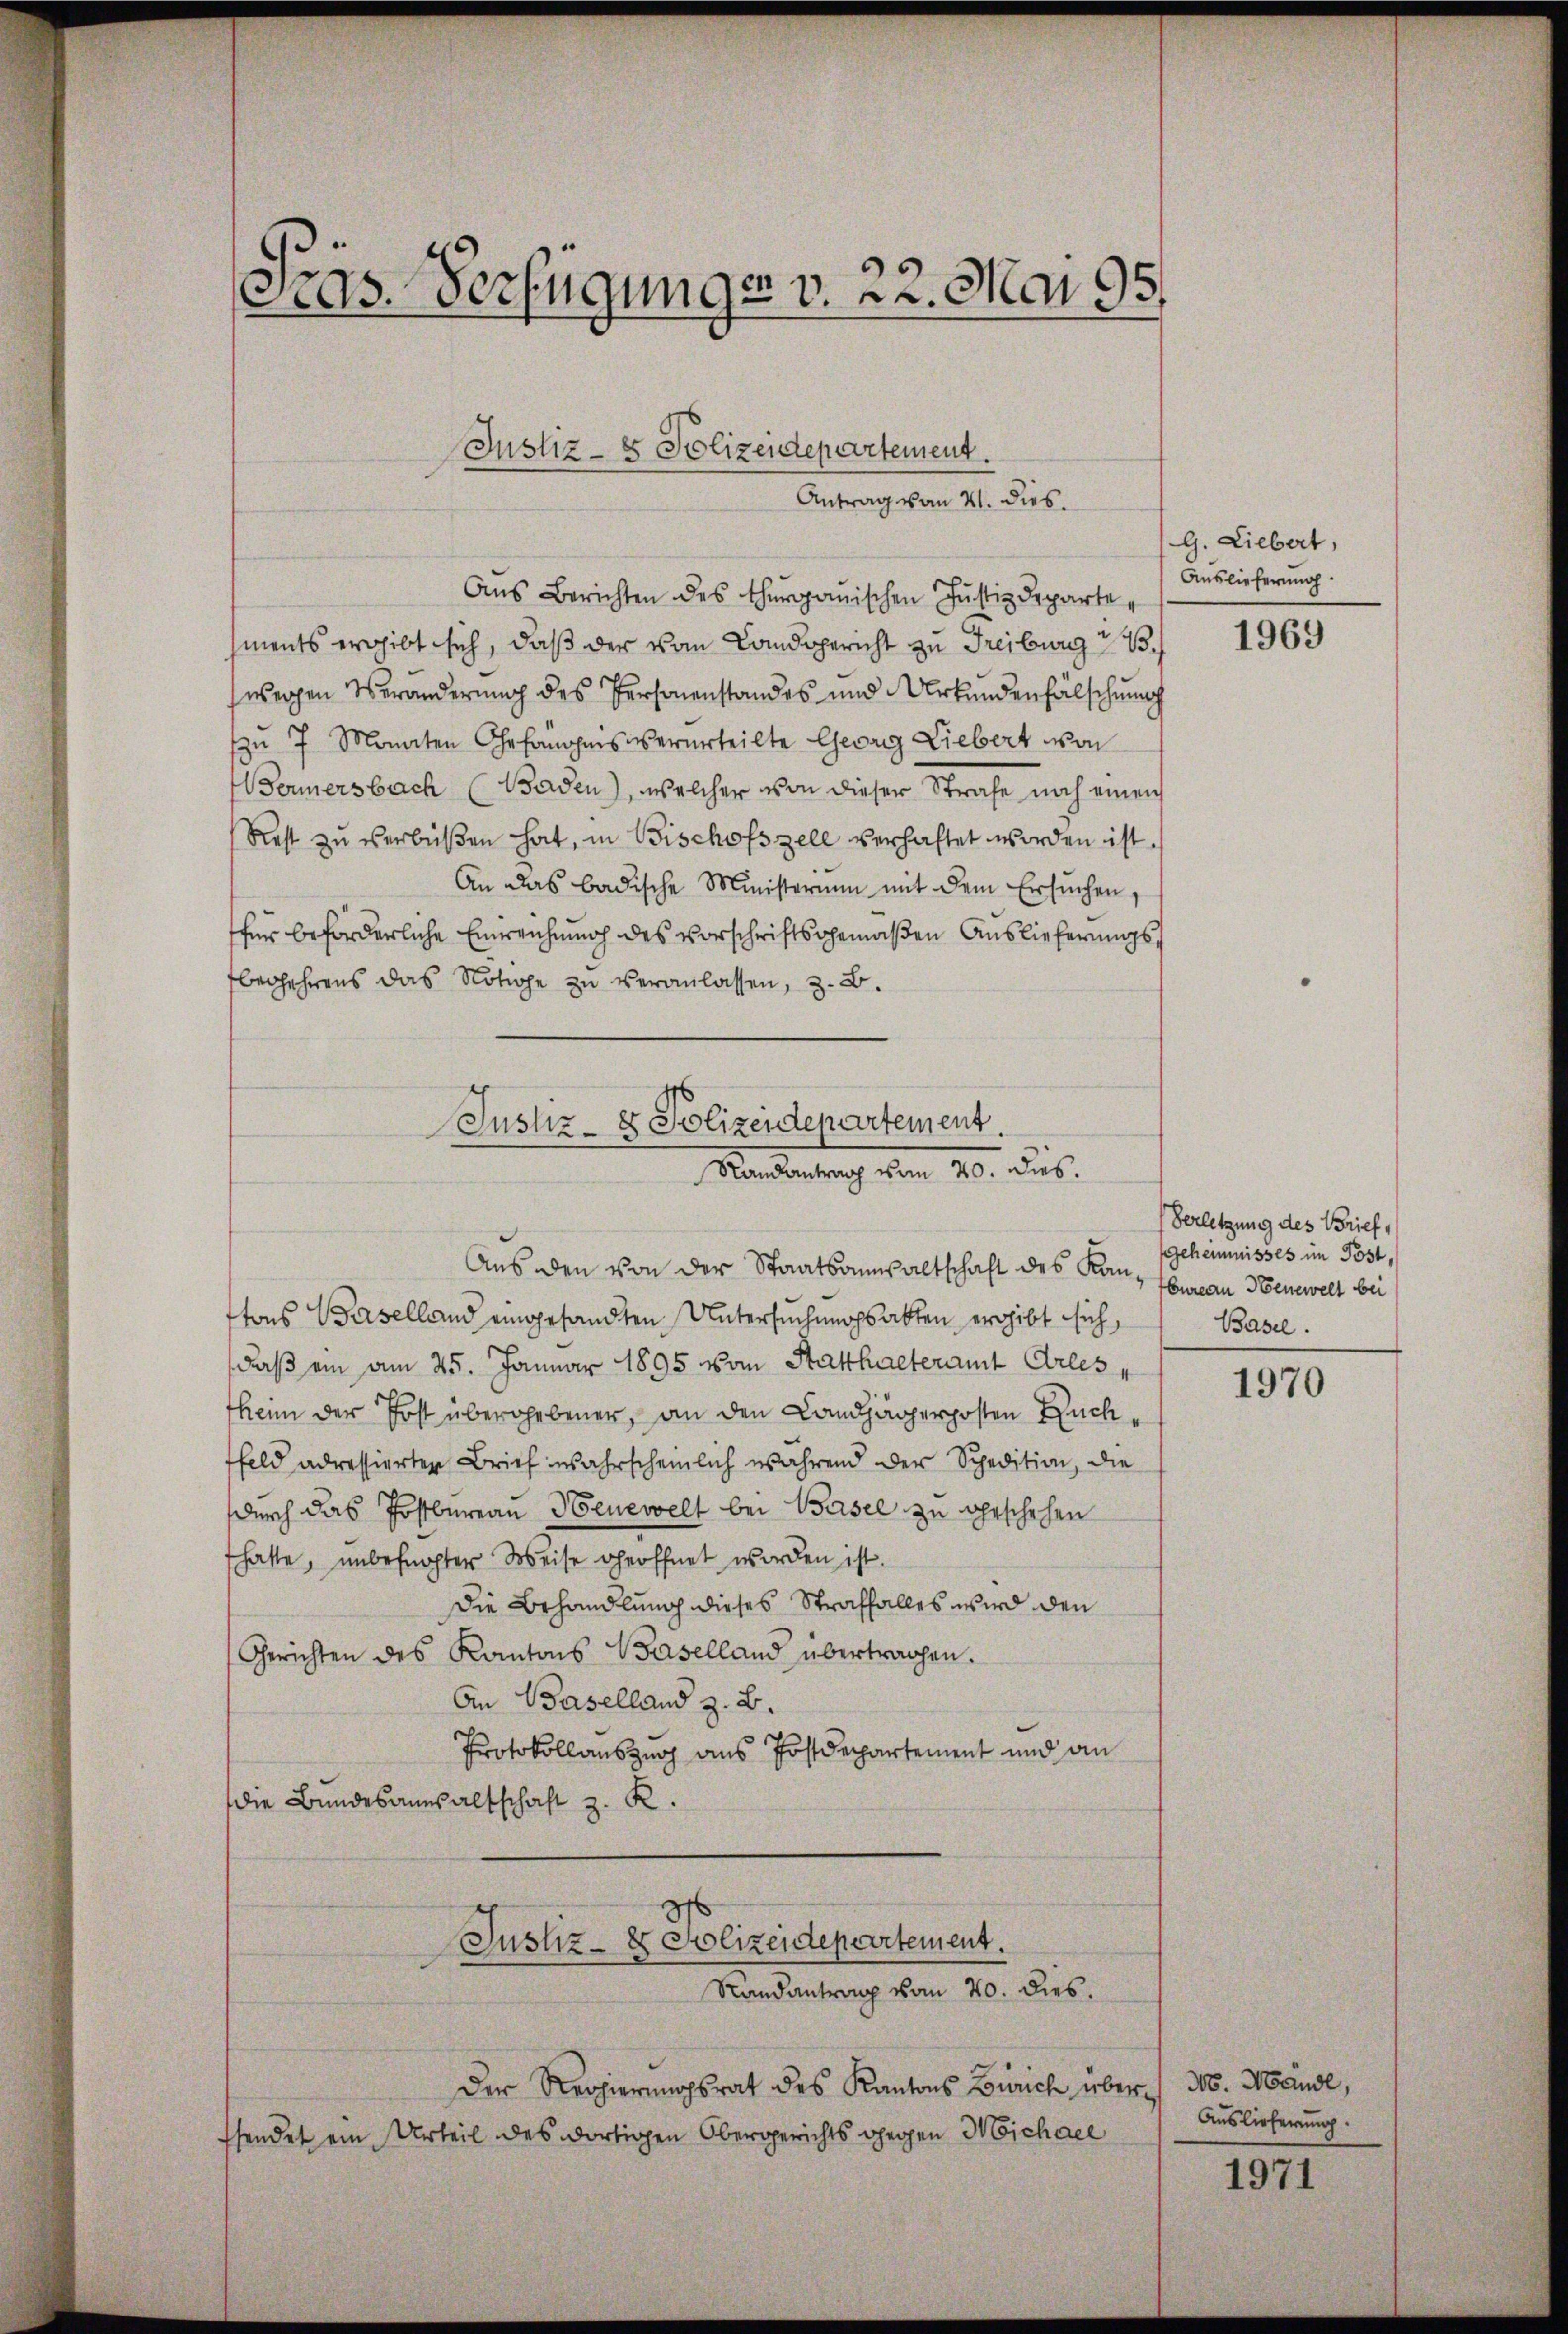
Pras. Verfügunger v. 22. Mai 95.
Justiz- & Polizeidepartement.
Antrag vom 21. dies.

Aŭs Berichten des Thurgauischen Jŭstizdeparte
ments ergibt sich, daß der vom Landsgericht zu Freiburg z. B.
weigen Veränderung des Personenstandes und Urkundenfälschung
zu 7 Monaten Gefanges verurteilte Georg Liebert von
Bermersbach Baden), welcher von dieser Strafe noch einen
Rest zŭ verbüßen hat, in Bischofszell verhaftet worden ist.
An das badische Ministerium mit dem Ersuchen,
für beförderliche Einreichnung des Vorschriftsgemäßen Auslieferungsbegehrens das Notioe zu veranlassen, z. B.

Justiz- & Polizeidepartement.
Mandentrag vom 20. aus
Aus den von der Staatsanwaltschaft des Kan¬

tons Baselland eingesandten Untersuchungsakten ergibt sich,
daß ein am 25. Januar 1895 vom Statthalteramt Arles
henn der Post übergebener, an den Landjägerposten Buchfeld adressierten Brief wahrscheinlich während der Spedition, die
durch das Postbureau Henevelt bei Basel zu geschehen
hatte, unbefugter Weise geöffnet worden ist.
Die Behandlung dieses Straffalles wird den
Gerichten des Kantons Baselland übertragen.
An Baselland z. B.
Protokollauszug aus Postdepartement und an
die Bundesanwaltschaft z. K.
Justiz- & Polizeidepartement.
Randantrag vom 20. dies
Der Regierungsrat des Kantons Zürich übersendet ein Urteil des dortigen Obergerichts gegen Michael

G. Liebert,
Auslieferung

1969

Verletzung des Brief,
Geheimnisses im Post,
bureau Henewelt bei
Basel.

1970

No. Wandl,
Auslieferung.

1971